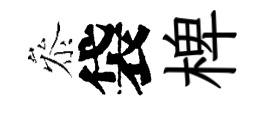
叅袋椑